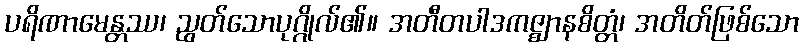
ပရိဏာမေန္တဿ၊ ညွတ်သောပုဂ္ဂိုလ်၏။ အတီတပါဒကဇ္ဈာနစိတ္တံ၊ အတိတ်ဖြစ်သော